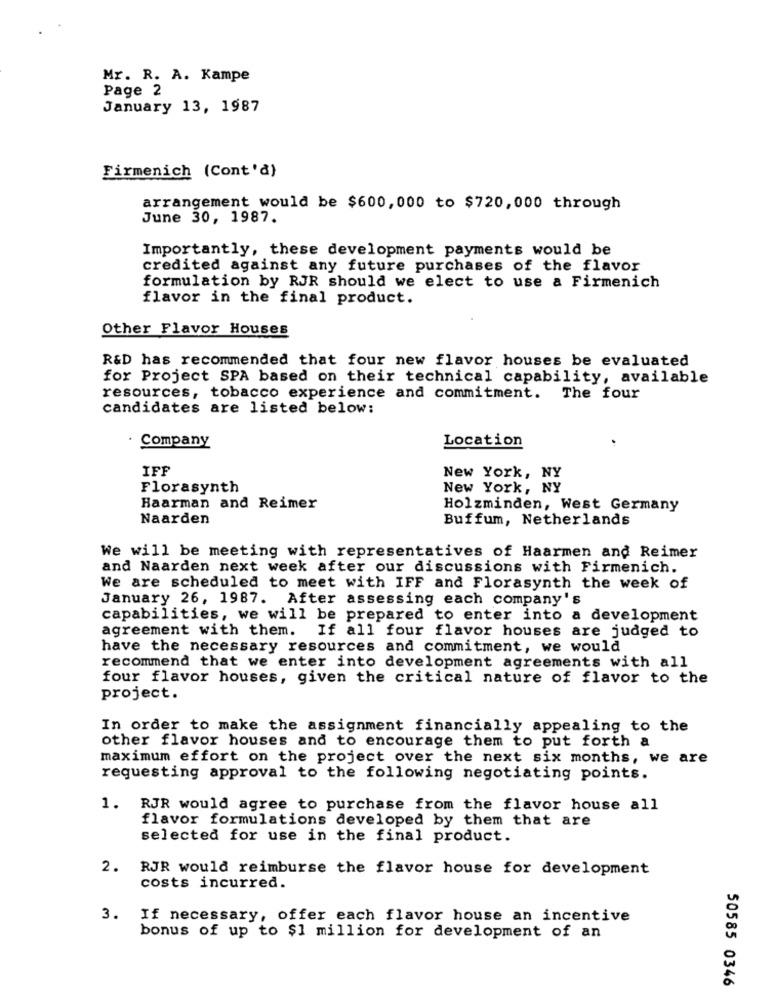
Mr. R. A. Kampe
Page 2
January 13, 1987
Firmenich (Cont'd)
arrangement would be $600,000 to $720,000 through
June 30, 1987.
Importantly, these development payments would be
credited against any future purchases of the flavor
formulation by RJR should we elect to use a Firmenich
flavor in the final product.
Other Flavor Houses
R&D has recommended that four new flavor houses be evaluated
for Project SPA based on their technical capability, available
resources, tobacco experience and commitment. The four
candidates are listed below:
· Company
Location
IFF
New York, NY
Florasynth
New York, NY
Haarman and Reimer
Holzminden, West Germany
Naarden
Buffum, Netherlands
We will be meeting with representatives of Haarmen and Reimer
and Naarden next week after our discussions with Firmenich.
We are scheduled to meet with IFF and Florasynth the week of
January 26, 1987. After assessing each company's
capabilities, we will be prepared to enter into a development
agreement with them. If all four flavor houses are judged to
have the necessary resources and commitment, we would
recommend that we enter into development agreements with all
four flavor houses, given the critical nature of flavor to the
project.
In order to make the assignment financially appealing to the
other flavor houses and to encourage them to put forth a
maximum effort on the project over the next six months, we are
requesting approval to the following negotiating points.
1.
RJR would agree to purchase from the flavor house all
flavor formulations developed by them that are
selected for use in the final product.
2.
RJR would reimburse the flavor house for development
costs incurred.
3.
If necessary, offer each flavor house an incentive
bonus of up to $1 million for development of an
50585 0346